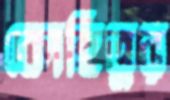
কোহিতুর